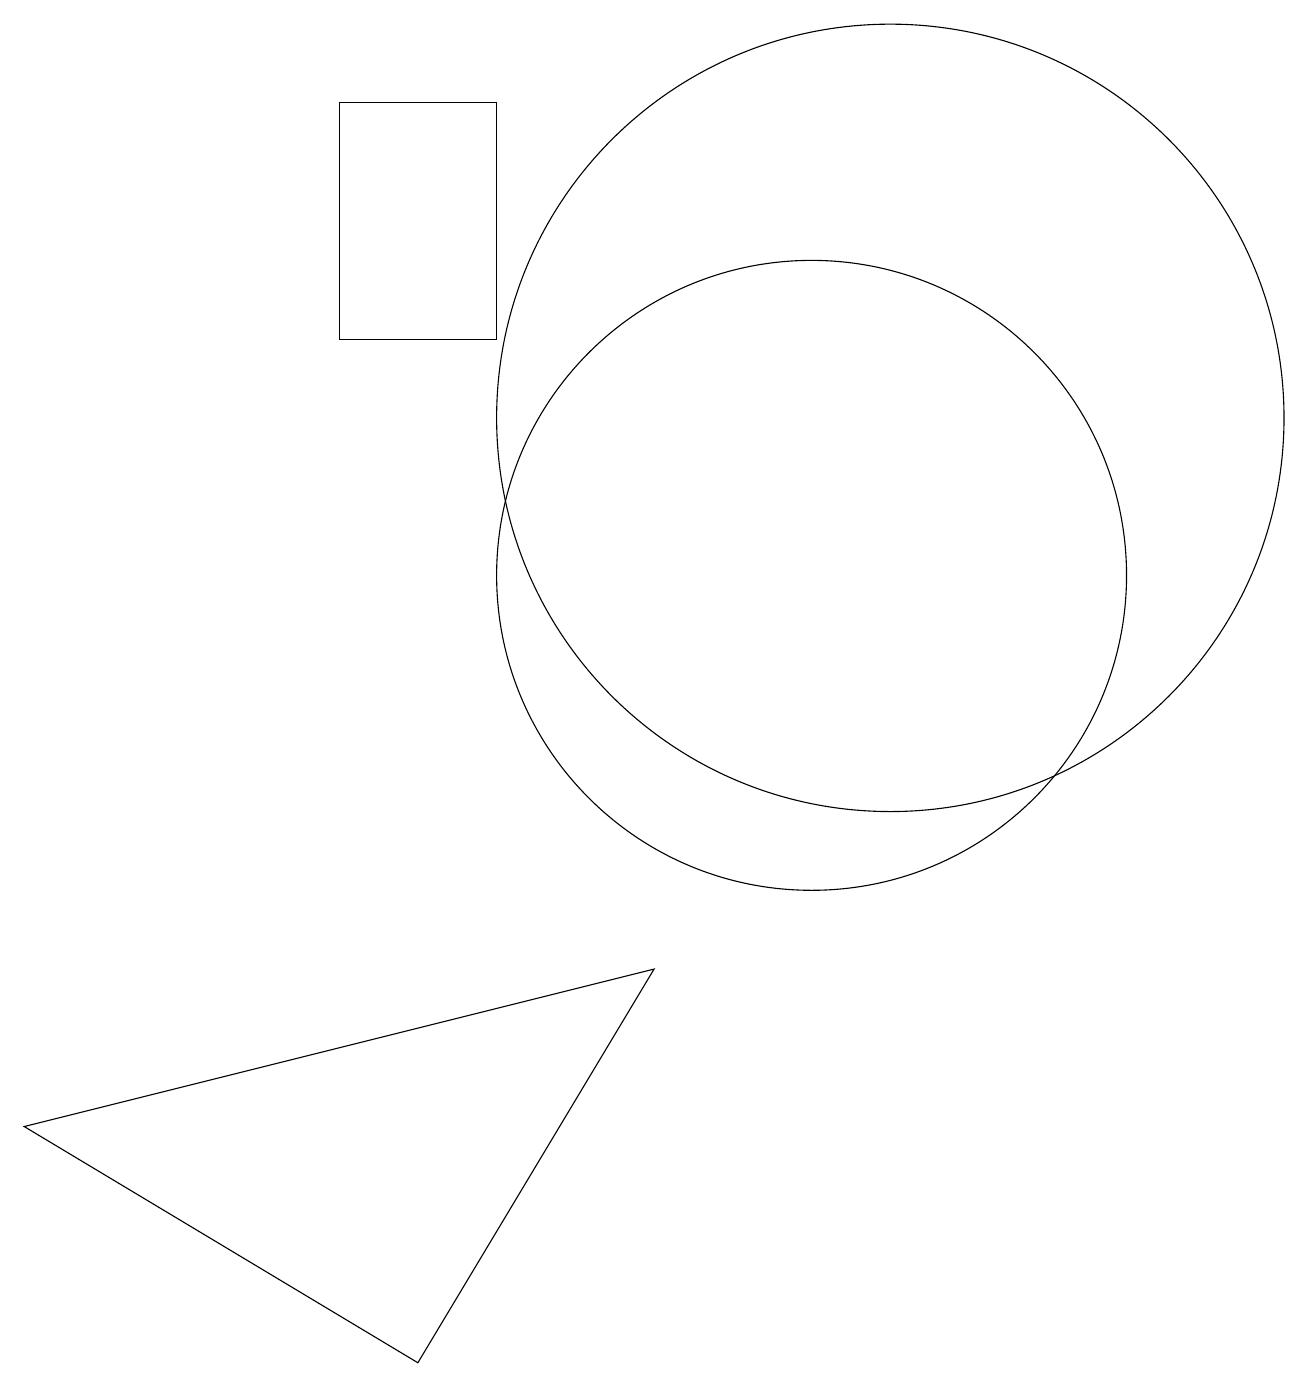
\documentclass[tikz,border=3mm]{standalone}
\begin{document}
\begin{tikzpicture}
\draw (10,10) circle (4);
\draw (4,16) rectangle (6,13);
\draw (11,12) circle (5);
\draw (0,3) -- (8,5) -- (5,0) -- cycle;
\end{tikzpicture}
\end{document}